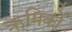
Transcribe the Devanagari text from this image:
ऋमिकों